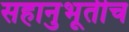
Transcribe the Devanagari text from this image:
सहानुभूतीच